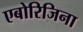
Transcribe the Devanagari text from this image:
एबोरिजिना